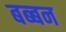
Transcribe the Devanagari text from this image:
बब्‍बन